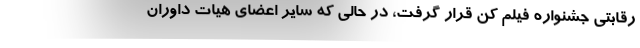
رقابتی جشنواره فیلم کن قرار گرفت، در حالی که سایر اعضای هیات داوران